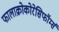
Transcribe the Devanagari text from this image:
फालाक्रोकोरेसिफॉर्म्स